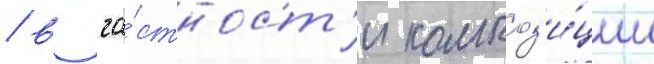
/ в ча́стност'и композ'и́ции